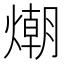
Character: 𭵿